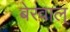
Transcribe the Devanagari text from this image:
बेरवाल्